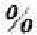
%